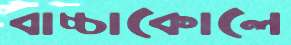
বাচ্চাকোলে